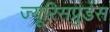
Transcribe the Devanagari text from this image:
ज्यूरिसप्रुडेंस